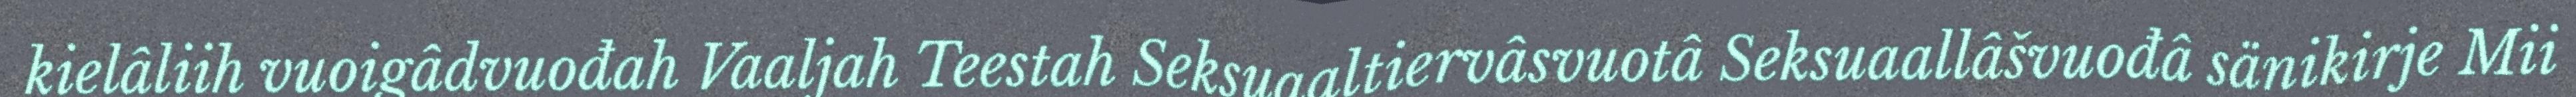
kielâliih vuoigâdvuođah Vaaljah Teestah Seksuaaltiervâsvuotâ Seksuaallâšvuođâ sänikirje Mii